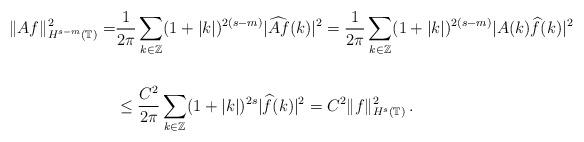
LaTeX: \begin{align*}\Vert Af\Vert^2_{H^{s-m}(\mathbb T)}= &\frac1{2\pi}\sum\limits_{k\in\mathbb Z}(1+\vert k\vert)^{2(s-m)}\vert\widehat{Af}(k)\vert^2=\frac1{2\pi}\sum\limits_{k\in\mathbb Z}(1+\vert k\vert)^{2(s-m)}\vert A(k)\widehat{f}(k)\vert^2\\\\&\le \frac{C^2}{2\pi}\sum\limits_{k\in\mathbb Z}(1+\vert k\vert)^{2s}\vert\widehat{f}(k)\vert^2=C^2\Vert f\Vert^2_{H^s(\mathbb T)}\,.\end{align*}